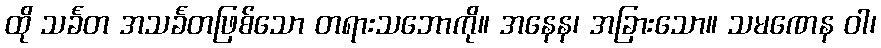
ထို သင်္ခတ အသင်္ခတဖြစ်သော တရားသဘောကို။ အနေန၊ အခြားသော။ သမဏေန ဝါ၊